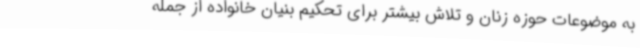
به موضوعات حوزه زنان و تلاش بیشتر برای تحکیم بنیان خانواده از جمله